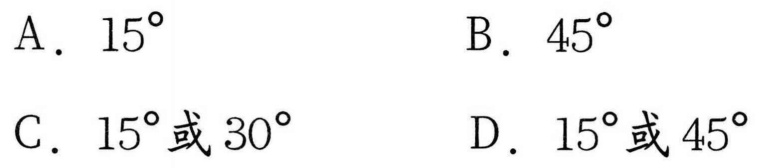
A．\(15^{\circ}\)  B．\(45^{\circ}\)
C．\(15^{\circ}\)或\(30^{\circ}\)  D．\(15^{\circ}\)或\(45^{\circ}\)